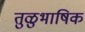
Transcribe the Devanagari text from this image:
तुळुभाषिक